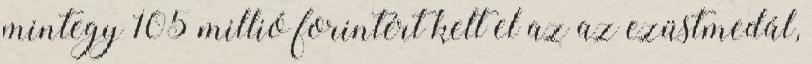
mintegy 105 millió forintért kelt el az az ezüstmedál,